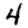
Digit: 4